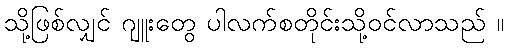
သို့ဖြစ်လျှင် ဂျူးတွေ ပါလက်စတိုင်းသို့ဝင်လာသည် ။